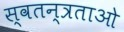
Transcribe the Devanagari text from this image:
स्वतन्त्रताओ